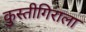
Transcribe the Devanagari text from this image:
कुस्तीगिराला